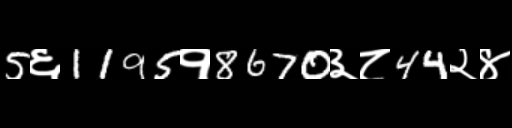
Text: 5६1195१8670३८44२४